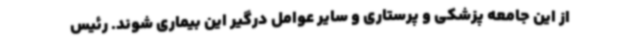
از این جامعه پزشکی و پرستاری و سایر عوامل درگیر این بیماری شوند. رئیس